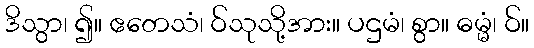
ဒိသွာ၊ ၍။ ဧတေသံ၊ ဝ်သုသို့အား။ ပဌမံ၊ စွာ။ ဓမ္မံ၊ ဝ်။